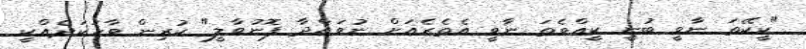
"ކީކޭތަ ނާވީ ބުނީ ކީއްވެތަ ނާވީ އެތެރެއަށް ނުވައްދާ ފޮނުވާލީ" ކުރިން ވާހަކަދެއްކީ